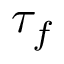
\tau _ { f }